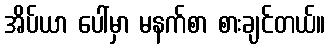
အိပ်ယာ ပေါ်မှာ မနက်စာ စားချင်တယ်။